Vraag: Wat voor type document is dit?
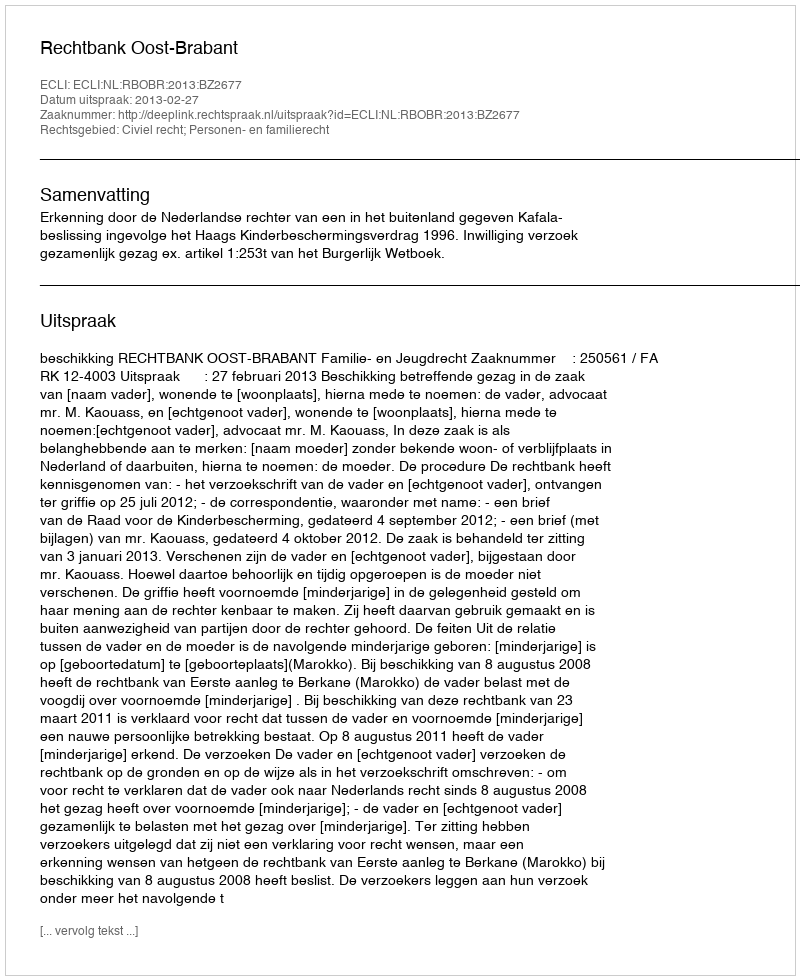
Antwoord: Uitspraak